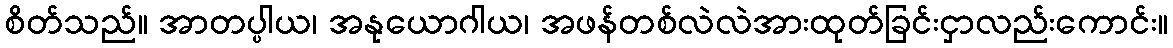
စိတ်သည်။ အာတပ္ပါယ၊ အနုယောဂါယ၊ အဖန်တစ်လဲလဲအားထုတ်ခြင်းငှာလည်းကောင်း။